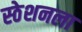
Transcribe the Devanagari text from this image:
स्ठेशनला